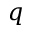
q